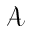
\mathcal { A }